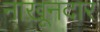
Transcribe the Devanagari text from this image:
नाख़ूनदार